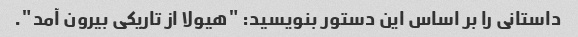
داستانی را بر اساس این دستور بنویسید: "هیولا از تاریکی بیرون آمد".